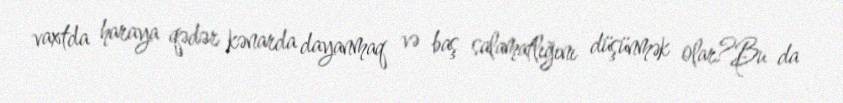
vaxtda haraya qədər kənarda dayanmaq və baş salamatlığını düşünmək olar?Bu da